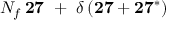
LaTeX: N _ { f } \, { \bf 2 7 } \ + \ \delta \, ( { \bf 2 7 } + { \bf 2 7 ^ { * } } )